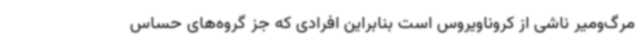
مرگ‌ومیر ناشی از کروناویروس است بنابراین افرادی که جز گروه‌های حساس